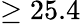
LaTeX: \geq 25.4